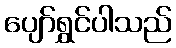
ပျော်ရွှင်ပါသည်